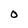
Character: O